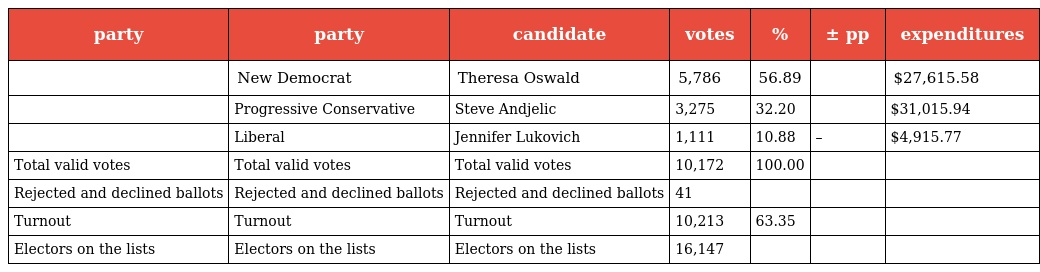
| party | party | candidate | votes | % | ± pp | expenditures |
 | --- | --- | --- | --- | --- | --- | --- |
 |  | New Democrat | Theresa Oswald | 5,786 | 56.89 |  | $27,615.58 |
 |  | Progressive Conservative | Steve Andjelic | 3,275 | 32.20 |  | $31,015.94 |
 |  | Liberal | Jennifer Lukovich | 1,111 | 10.88 | – | $4,915.77 |
 | Total valid votes | Total valid votes | Total valid votes | 10,172 | 100.00 |  |  |
 | Rejected and declined ballots | Rejected and declined ballots | Rejected and declined ballots | 41 |  |  |  |
 | Turnout | Turnout | Turnout | 10,213 | 63.35 |  |  |
 | Electors on the lists | Electors on the lists | Electors on the lists | 16,147 |  |  |  |